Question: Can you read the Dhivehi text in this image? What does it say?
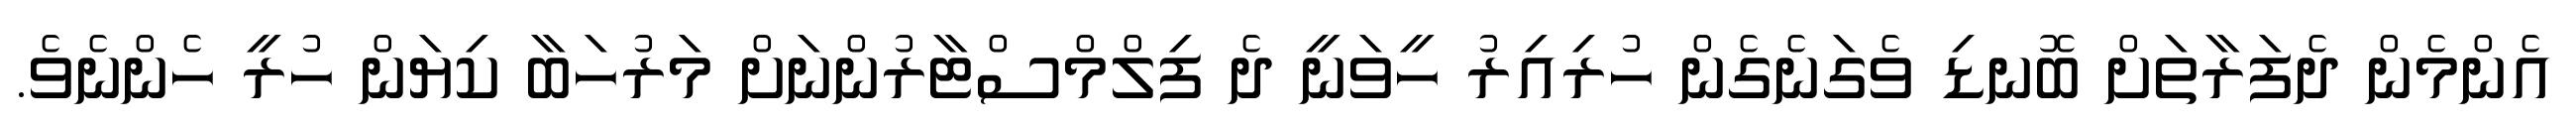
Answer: އެންމެން ދެފަރާތަށް ބޮނޑި ވެގަނެގެން ހުރިއިރު ހީވަނީ ދެ ފިލްމްސްޓާރުންނަށް މަރުހަބާ ކިޔަން ހުރީ ހެންނެވެ.